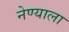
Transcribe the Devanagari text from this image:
नेण्याला